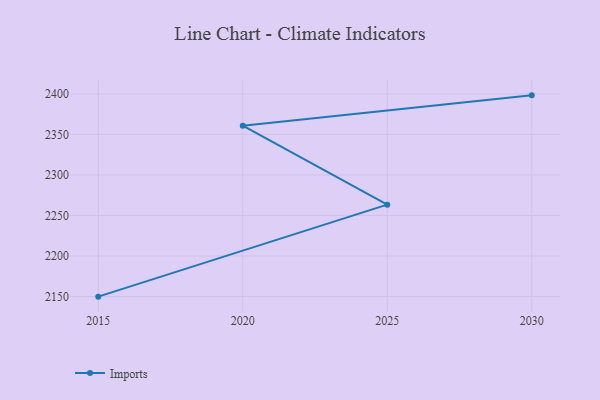
{"axis": {"x": "Year", "y": "Temperature (°C)"}, "legend": ["Imports"], "data": [{"x": "2030", "y": 2398.2, "type": "Imports"}, {"x": "2020", "y": 2360.8, "type": "Imports"}, {"x": "2025", "y": 2263.3, "type": "Imports"}, {"x": "2015", "y": 2149.8, "type": "Imports"}]}